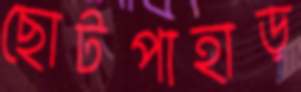
ছোটপাহাড়